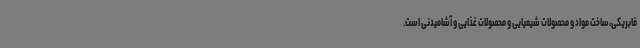
فابریکی،ساخت مواد و محصولات شیمیایی و محصولات غذایی و آشامیدنی است.